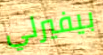
بيفيرلي